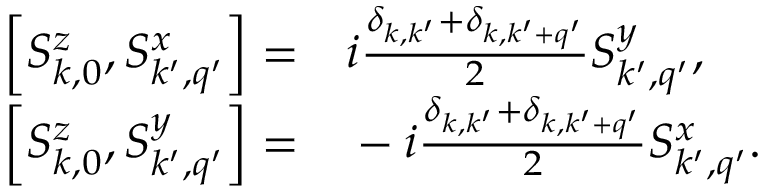
\begin{array} { r l } { \left[ S _ { k , 0 } ^ { z } , S _ { k ^ { \prime } , q ^ { \prime } } ^ { x } \right] = } & { { } i \frac { \delta _ { k , k ^ { \prime } } + \delta _ { k , k ^ { \prime } + q ^ { \prime } } } { 2 } S _ { k ^ { \prime } , q ^ { \prime } } ^ { y } , } \\ { \left[ S _ { k , 0 } ^ { z } , S _ { k ^ { \prime } , q ^ { \prime } } ^ { y } \right] = } & { { } - i \frac { \delta _ { k , k ^ { \prime } } + \delta _ { k , k ^ { \prime } + q ^ { \prime } } } { 2 } S _ { k ^ { \prime } , q ^ { \prime } } ^ { x } . } \end{array}